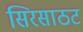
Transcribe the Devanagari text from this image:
सिरसाठट